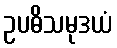
ဥပဓိသမုဒယံ